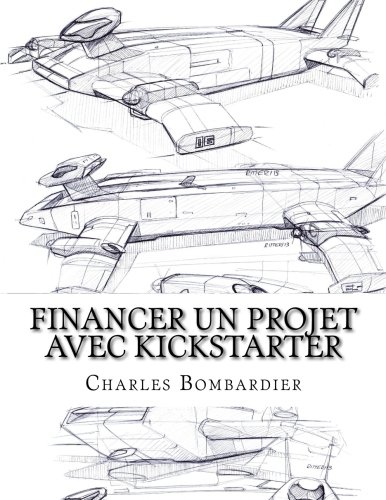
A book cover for Financer un projet avec Kickstarter: Etude des facteurs d'influence (French Edition); Charles Bombardier; Business & Money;